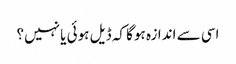
اسی سے اندازہ ہوگا کہ ڈیل ہوئی یا نہیں؟